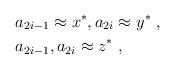
LaTeX: \begin{align*} &a_{2i-1} \approx x^*, a_{2i} \approx y^*\;,\\ &a_{2i-1}, a_{2i} \approx z^*\;, \end{align*}